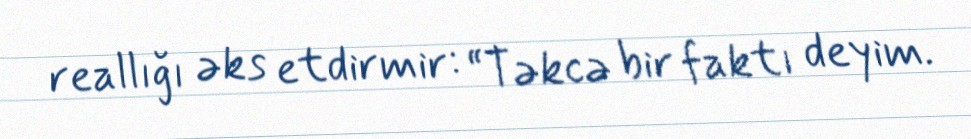
reallığı əks etdirmir: “Təkcə bir faktı deyim.